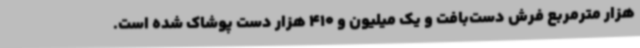
هزار مترمربع فرش دست‌بافت و یک میلیون و 410 هزار دست پوشاک شده است.